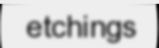
etchings